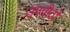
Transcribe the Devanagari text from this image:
उपपीठों